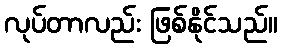
လုပ်တာလည်း ဖြစ်နိုင်သည်။